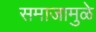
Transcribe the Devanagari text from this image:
समाजामुळे